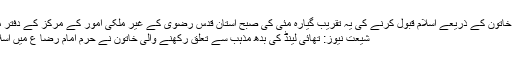
تھائی لینڈ کی خاتون کے ذریعے اسلام قبول کرنے کی یہ تقریب گیارہ مئی کی صبح آستان قدس رضوی کے غیر ملکی امور کے مرکز کے دفتر میں انجام پائی
شیعت نیوز: تھائی لینڈ کی بدھ مذہب سے تعلق رکھنے والی خاتون نے حرم امام رضا ع میں اسلام قبول کرلیا۔